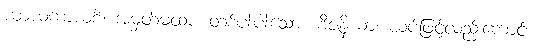
ယာယကာယစိ၊ အမှတ်မထား တစ်ပါးပါးသော။ ဗီဇနိယာ၊ ယပ်ဖြင့်လည်းကောင်း။